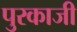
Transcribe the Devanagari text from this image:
पुरकाजी